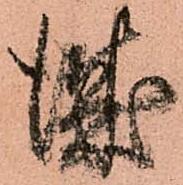
城